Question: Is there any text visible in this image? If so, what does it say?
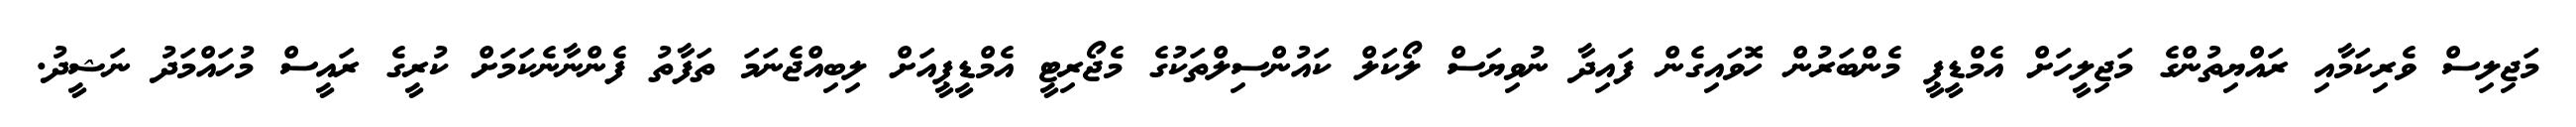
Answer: މަޖިލިސް ވެރިކަމާއި ރައްޔިތުންގެ މަޖިލީހަށް އެމްޑީޕީ މެންބަރުން ހޮވައިގެން ފައިދާ ނުވިޔަސް ލޯކަލް ކައުންސިލްތަކުގެ މެޖޯރިޓީ އެމްޑީޕީއަށް ލިބިއްޖެނަމަ ތަފާތު ފެންނާނެކަމަށް ކުރީގެ ރައީސް މުހައްމަދު ނަޝީދު.